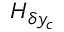
H _ { \delta y _ { c } }